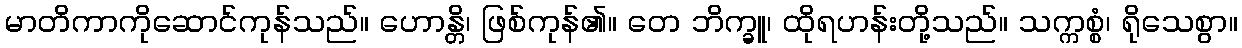
မာတိကာကိုဆောင်ကုန်သည်။ ဟောန္တိ၊ ဖြစ်ကုန်၏။ တေ ဘိက္ခူ၊ ထိုရဟန်းတို့သည်။ သက္ကစ္စံ၊ ရိုသေစွာ။